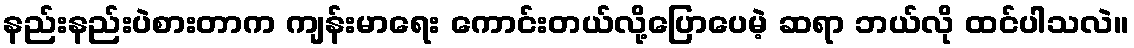
နည်းနည်းပဲစားတာက ကျန်းမာရေး ကောင်းတယ်လို့ပြောပေမဲ့ ဆရာ ဘယ်လို ထင်ပါသလဲ။